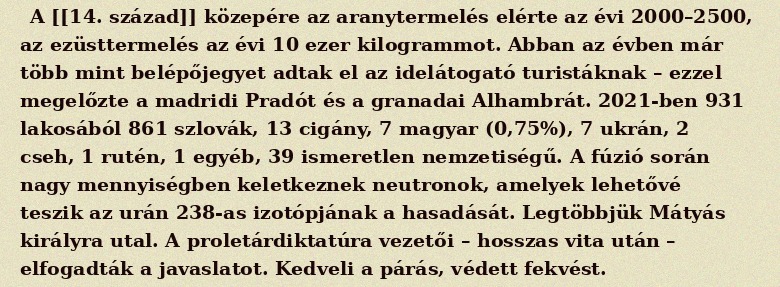
A [[14. század]] közepére az aranytermelés elérte az évi 2000–2500, az ezüsttermelés az évi 10 ezer kilogrammot. Abban az évben már több mint belépőjegyet adtak el az idelátogató turistáknak – ezzel megelőzte a madridi Pradót és a granadai Alhambrát. 2021-ben 931 lakosából 861 szlovák, 13 cigány, 7 magyar (0,75%), 7 ukrán, 2 cseh, 1 rutén, 1 egyéb, 39 ismeretlen nemzetiségű. A fúzió során nagy mennyiségben keletkeznek neutronok, amelyek lehetővé teszik az urán 238-as izotópjának a hasadását. Legtöbbjük Mátyás királyra utal. A proletárdiktatúra vezetői – hosszas vita után – elfogadták a javaslatot. Kedveli a párás, védett fekvést.